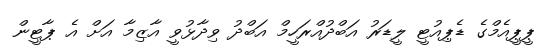
ޕީޕީއެމްގެ ޑެޕިއުޓީ ލީޑަރު އަބްދުއްރަހީމް އަބްދު ވިދާޅުވީ އާޒިމާ އަށް އެ ޕާޓީން